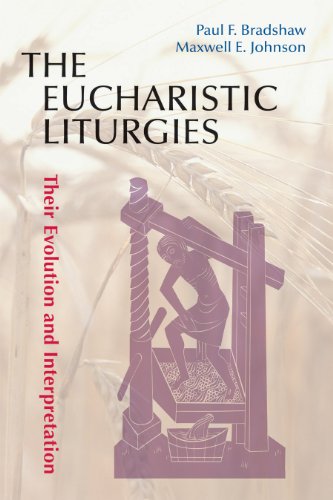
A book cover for The Eucharistic Liturgies: Their Evolution and Interpretation (Pueblo Books); Paul F. Bradshaw; Christian Books & Bibles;